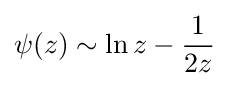
\psi (z)\sim \ln {z}-{\frac {1}{2z}}